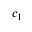
c _ { 1 }